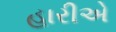
હારીએ